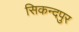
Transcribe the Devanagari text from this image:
सिकन्दपुर